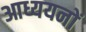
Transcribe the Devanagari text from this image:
आध्ययनों